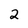
Character: 2